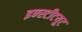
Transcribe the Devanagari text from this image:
इन्‍स्‍टीटयूट